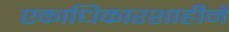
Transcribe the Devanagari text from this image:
एकाधिकारशाहीने